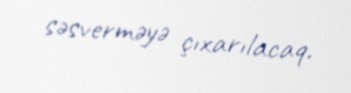
səsverməyə çıxarılacaq.